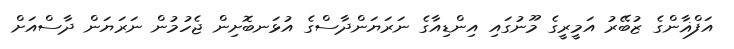
އަފްޣާންގެ ޒުބޭރު އަމީރީގެ މޫނުގައި އިންޑިއާގެ ނަރަޔަންދާސްގެ އުޅަނބޮށިން ޖެހުމުން ނަރަޔަން ދާސްއަށް